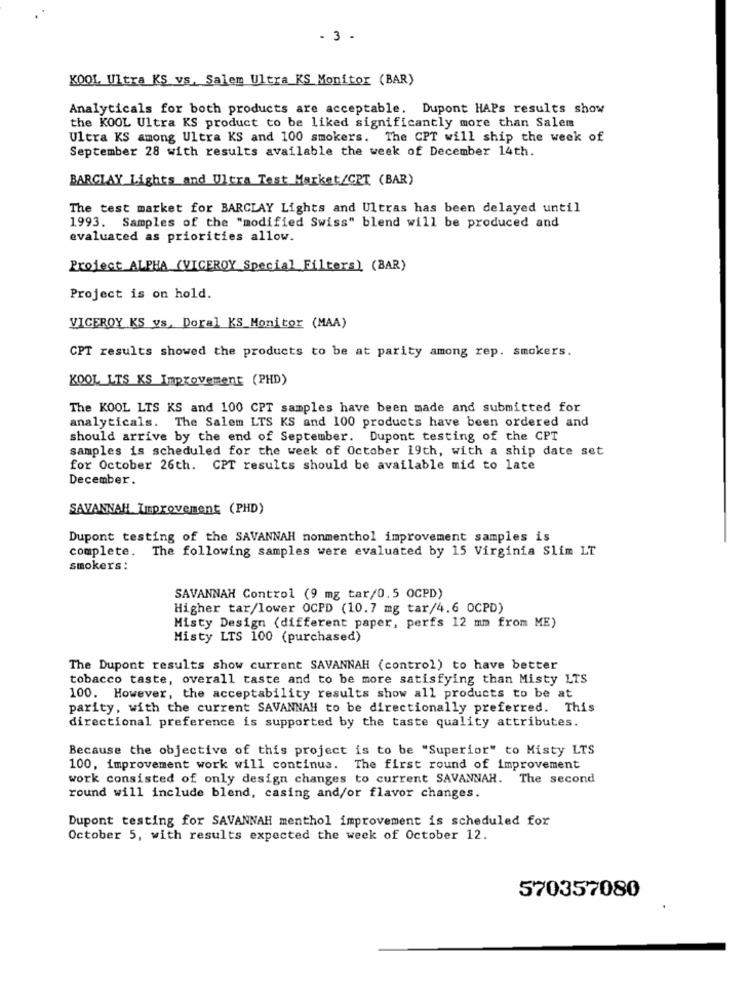
- 3 -
KOOL Ultra KS vs, Salem Ultra KS Monitor (BAR)
Analyticals for both products are acceptable. Dupont HAPs results show
the KOOL Ultra KS product to be liked significantly more than Salem
Ultra KS among Ultra KS and 100 smokers. The CPT will ship the week of
September 28 with results available the week of December 14th.
BARCLAY Lights and Ultra Test Market/CPT (BAR)
The test market for BARCLAY Lights and Ultras has been delayed until
1993. Samples of the "modified Swiss" blend will be produced and
evaluated as priorities allow.
Project_ALPHA (VICEROY Special Filters) (BAR)
Project is on hold.
VICEROY KS vs, Doral KS Monitor (MAA)
CPT results showed the products to be at parity among rep. smokers.
KOOL LTS KS Improvement (PHD)
The KOOL LTS KS and 100 CPT samples have been made and submitted for
analyticals. The Salem LTS KS and 100 products have been ordered and
should arrive by the end of September. Dupont testing of the CPT
samples is scheduled for the week of October 19th, with a ship date set
for October 26th. CPT results should be available mid to late
December.
SAVANNAH Improvement (PHD)
Dupont testing of the SAVANNAH nonmenthol improvement samples is
complete.
The following samples were evaluated by 15 Virginia Slim LT
smokers:
SAVANNAH Control (9 mg tar/0.5 OCPD)
Higher tar/lower OCPD (10.7 mg tar/4.6 OCPD)
Misty Design (different paper, perfs 12 mm from ME)
Misty LTS 100 (purchased)
The Dupont results show current SAVANNAH (control) to have better
tobacco taste, overall taste and to be more satisfying than Misty LTS
100. However, the acceptability results show all products to be at
parity, with the current SAVANNAH to be directionally preferred. This
directional preference is supported by the taste quality attributes.
Because the objective of this project is to be "Superior" to Misty LTS
100, improvement work will continue. The first round of improvement
work consisted of only design changes to current SAVANNAH. The second
round will include blend, casing and/or flavor changes.
Dupont testing for SAVANNAH menthol improvement is scheduled for
October 5, with results expected the week of October 12.
570357080